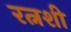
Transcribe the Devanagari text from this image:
रत्नशी